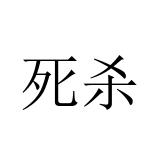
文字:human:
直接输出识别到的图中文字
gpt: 死杀